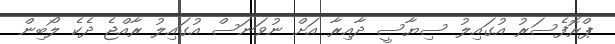
ޕްރޮފެސަރު އުގައިލު ސިޔާސީ ދާއިރާ އަށް ނުވަނަސް އުގައިލު ރާއްޖެ ދެކެ ލޯބިން